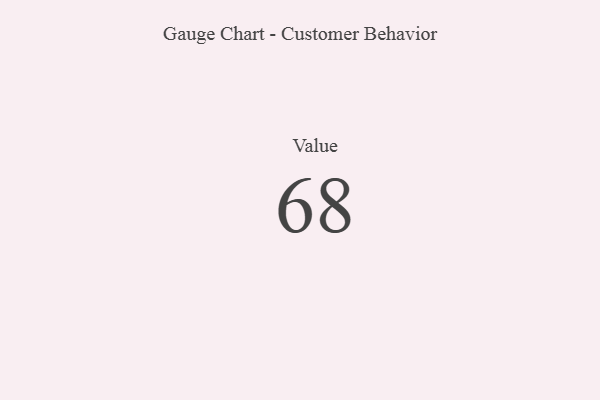
{"axis": {"x": "Metric", "y": "Value"}, "legend": [""], "data": [{"x": "Value", "y": 68, "type": ""}]}